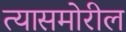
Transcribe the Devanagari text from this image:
त्यासमोरील